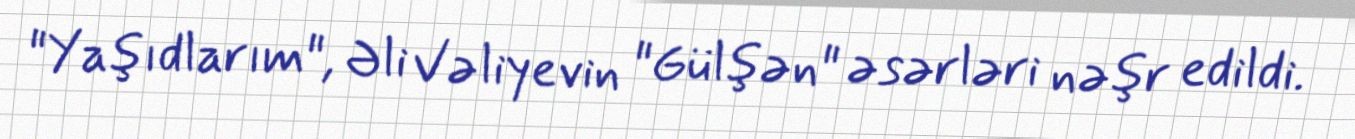
"Yaşıdlarım", Əli Vəliyevin "Gülşən" əsərləri nəşr edildi.